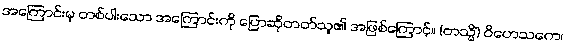
အကြောင်းမှ တစ်ပါးသော အကြောင်းကို ပြောဆိုတတ်သူ၏ အဖြစ်ကြောင့်။ (တသ္မိံ) ဝိဟေသကေ၊